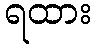
ရထား